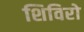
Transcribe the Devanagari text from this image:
शिविरो